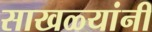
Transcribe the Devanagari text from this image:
साखळ्यांनी